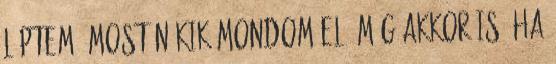
léptem, most nékik mondom el, még akkor is, ha